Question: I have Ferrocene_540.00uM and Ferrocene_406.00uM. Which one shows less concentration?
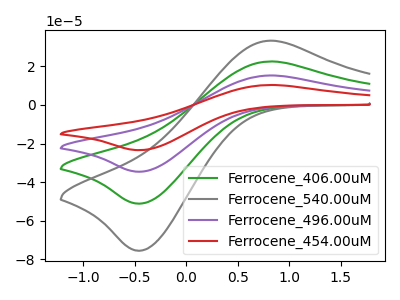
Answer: <think>The green curve "Ferrocene_406.00uM" has an anodic peak at (0.80V, 22.50uA) and a cathodic peak at (-0.45V, -51.05uA). The gray curve "Ferrocene_540.00uM" has an anodic peak at (0.80V, 33.25uA) and a cathodic peak at (-0.45V, -75.45uA). The purple curve "Ferrocene_496.00uM" has an anodic peak at (0.80V, 45.00uA) and a cathodic peak at (-0.45V, -102.15uA). The red curve "Ferrocene_454.00uM" has an anodic peak at (0.80V, 67.55uA) and a cathodic peak at (-0.45V, -153.20uA).
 All the peaks in "Ferrocene_540.00uM" have a peak in "Ferrocene_406.00uM" at the same potential. Every peak in "Ferrocene_540.00uM" is higher than every peak in "Ferrocene_406.00uM".</think>
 <answer>"Ferrocene_540.00uM" has more signal than "Ferrocene_406.00uM" and so likely has a higher concentration.</answer>
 <eval>more_concentration</eval>